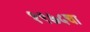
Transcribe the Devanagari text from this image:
१९७५चा